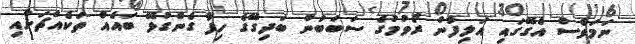
ނަމަވެސް އެގޭގައި އަލިފާން ރޯވުމުގެ ސަބަބުން ބަދިގޭގެ ހިފާ ގެންގުޅޭ ބައެއް ތަކެއްޗަށާއި